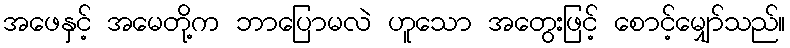
အဖေနှင့် အမေတို့က ဘာပြောမလဲ ဟူသော အတွေးဖြင့် စောင့်မျှော်သည်။